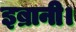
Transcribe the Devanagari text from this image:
इब्रानी।